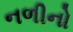
નળીનો